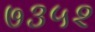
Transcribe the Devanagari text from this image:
७३५२